Vaccination North-Western Provinces 1866-1877 - 1866-1877
Year: 1866
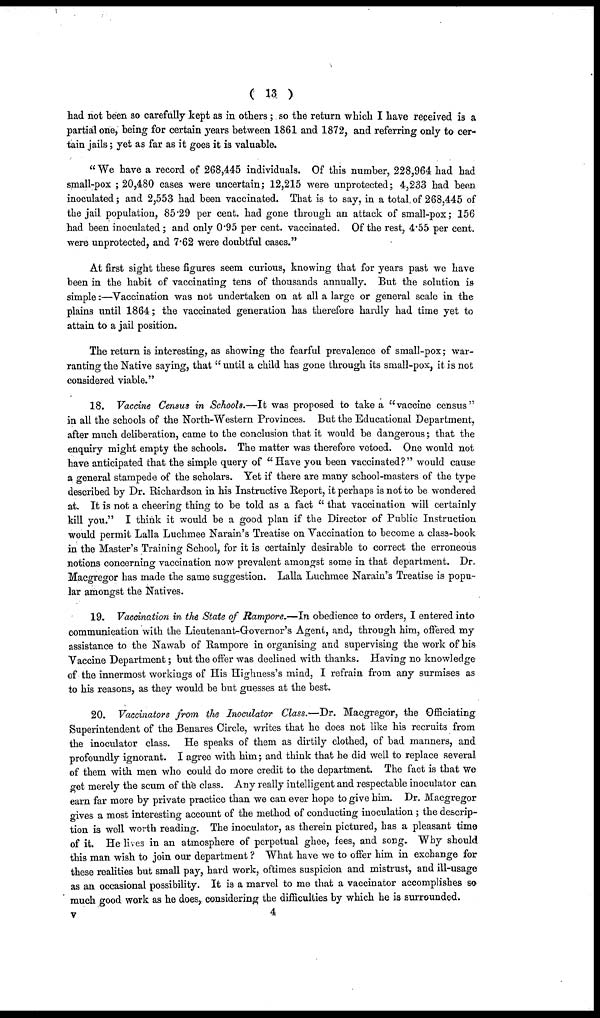
( 13 )
had not been so carefully kept as in others ; so the return which I have received is a
partial one, being for certain years between 1861 and 1872, and referring only to cer-
tain jails; yet as far as it goes it is valuable.
"We have a record of 268,445 individuals. Of this number, 228,964 had had
small-pox ; 20,480 cases were uncertain; 12,215 were unprotected; 4,233 had been
inoculated; and 2,553 had been vaccinated. That is to say, in a total of 268,445 of
the jail population, 85.29 per cent. had gone through an attack of small-pox; 156
had been inoculated; and only 0.95 per cent. vaccinated. Of the rest, 4.55 per cent.
were unprotected, and 7.62 were doubtful cases."
At first sight these figures seem curious, knowing that for years past we have
been in the habit of vaccinating tens of thousands annually. But the solution is
simple:—Vaccination was not undertaken on at all a large or general scale in the
plains until 1864; the vaccinated generation has therefore hardly had time yet to
attain to a jail position.
The return is interesting, as showing the fearful prevalence of small-pox; war-
ranting the Native saying, that "until a child has gone through its small-pox, it is not
considered viable."
18. Vaccine Census in Schools.—It was proposed to take a "vaccine census"
in all the schools of the North-Western Provinces. But the Educational Department,
after much deliberation, came to the conclusion that it would be dangerous; that the
enquiry might empty the schools. The matter was therefore vetoed. One would not
have anticipated that the simple query of "Have you been vaccinated?" would cause
a general stampede of the scholars. Yet if there are many school-masters of the type
described by Dr. Richardson in his Instructive Report, it perhaps is not to be wondered
at. It is not a cheering thing to be told as a fact "that vaccination will certainly
kill you." I think it would be a good plan if the Director of Public Instruction
would permit Lalla Luchmee Narain's Treatise on Vaccination to become a class-book
in the Master's Training School, for it is certainly desirable to correct the erroneous
notions concerning vaccination now prevalent amongst some in that department. Dr.
Macgregor has made the same suggestion. Lalla Luchmee Narain's Treatise is popu-
lar amongst the Natives.
19. Vaccination in the State of Rampore.—In obedience to orders, I entered into
communication with the Lieutenant-Governor's Agent, and, through him, offered my
assistance to the Nawab of Rampore in organising and supervising the work of his
Vaccine Department; but the offer was declined with thanks. Having no knowledge
of the innermost workings of His Highness's mind, I refrain from any surmises as
to his reasons, as they would be but guesses at the best.
20. Vaccinators from the Inoculator Class.—Dr. Macgregor, the Officiating
Superintendent of the Benares Circle, writes that he does not like his recruits from
the inoculator class. He speaks of them as dirtily clothed, of bad manners, and
profoundly ignorant. I agree with him; and think that he did well to replace several
of them with men who could do more credit to the department. The fact is that we
get merely the scum of the class. Any really intelligent and respectable inoculator can
earn far more by private practice than we can ever hope to give him. Dr. Macgregor
gives a most interesting account of the method of conducting inoculation ; the descrip-
tion is well worth reading. The inoculator, as therein pictured, has a pleasant time
of it. He lives in an atmosphere of perpetual ghee, fees, and song. Why should
this man wish to join our department ? What have we to offer him in exchange for
these realities but small pay, hard work, oftimes suspicion and mistrust, and ill-usage
as an occasional possibility. It is a marvel to me that a vaccinator accomplishes so
much good work as he does, considering the difficulties by which he is surrounded.
v
4